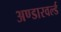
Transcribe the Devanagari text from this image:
अण्डारवर्ल्ड